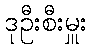
ဒုဦးစီးမှူး